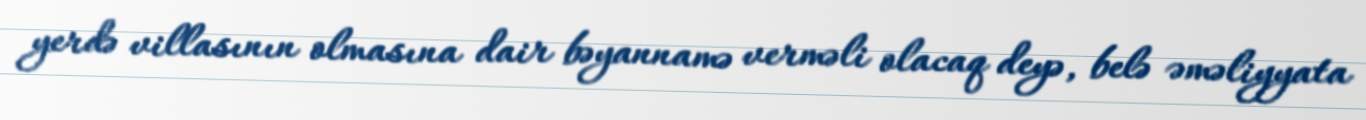
yerdə villasının olmasına dair bəyannamə verməli olacaq deyə, belə əməliyyata